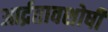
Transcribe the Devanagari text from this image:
आर्द्रतावशोषी